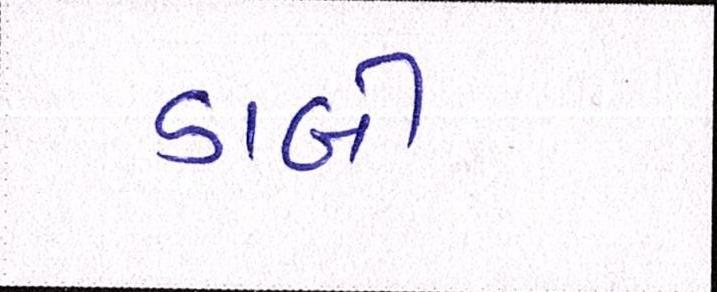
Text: ડાબી